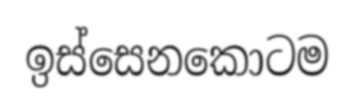
ඉස්සෙනකොටම